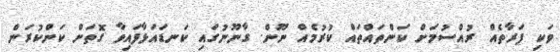
ވަކި ފަރާތެއް ރުއްސުމަށް ކަންތައްތައް ކުރުމެއް ނޫން. ގާނޫނުގައި ކަނޑައަޅާފައިވާ ގޮތަށް ކަންކުރަން